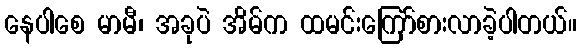
နေပါစေ မာမီ၊ အခုပဲ အိမ်က ထမင်းကြော်စားလာခဲ့ပါတယ်။